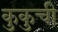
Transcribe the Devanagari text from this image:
कुकुची